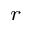
_ r